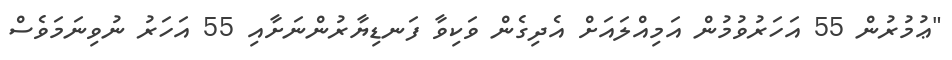
"ޢުމުރުން 55 އަހަރުވުމުން އަމިއްލައަށް އެދިގެން ވަކިވާ ފަނޑިޔާރުންނަށާއި 55 އަހަރު ނުވިނަމަވެސް